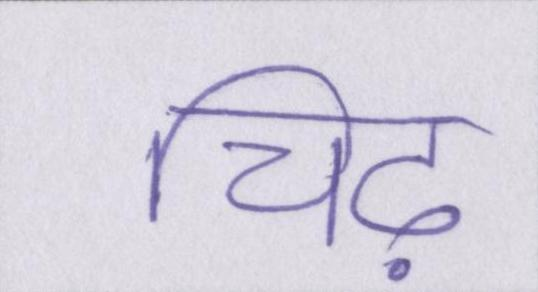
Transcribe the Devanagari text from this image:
चिढ़